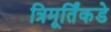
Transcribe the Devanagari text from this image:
त्रिमूर्तिंकडे